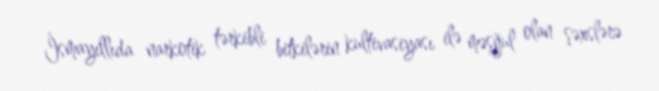
İsmayıllıda narkotik tərkibli bitkilərin kultivasiyası ilə məşğul olan şəxslərə